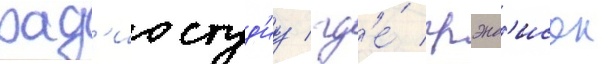
рад'иостуд'иу / гд'е́ грэнд'исон